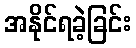
အနိုင်ရခဲ့ခြင်း